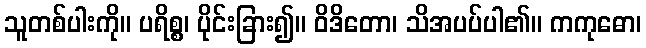
သူတစ်ပါးကို။ ပရိစ္စ၊ ပိုင်းခြား၍။ ဝိဒိတော၊ သိအပပ်ပါ၏။ ကကုဓော၊